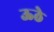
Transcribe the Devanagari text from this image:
ऊठे